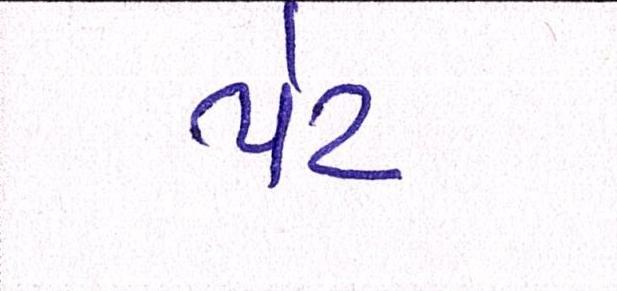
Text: પેટ